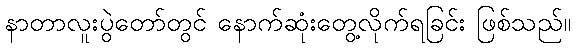
နာတာလူးပွဲတော်တွင် နောက်ဆုံးတွေ့လိုက်ရခြင်း ဖြစ်သည်။